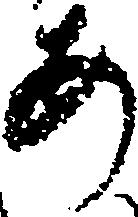
あ